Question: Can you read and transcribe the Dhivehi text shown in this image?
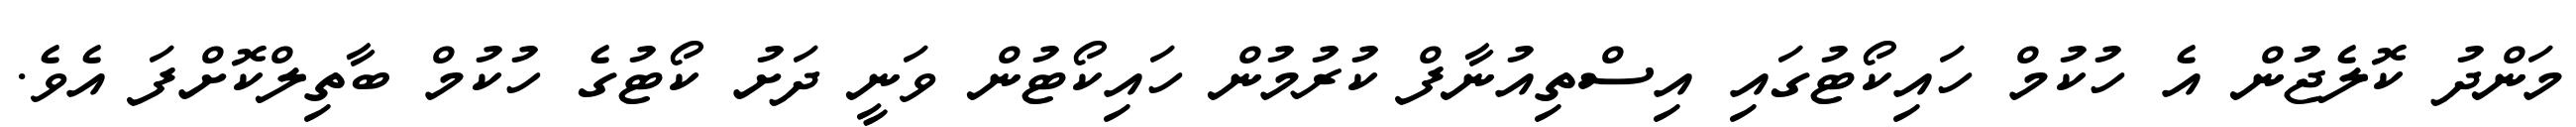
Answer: މަންދު ކޮލެޖުން އެ ހުކުމް ހައިކޯޓުގައި އިސްތިއުނާފް ކުރުމުން ހައިކޯޓުން ވަނީ ދަށު ކޯޓުގެ ހުކުމް ބާތިލްކޮށްފަ އެވެ.